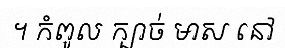
។ កំពូល ក្បាច់ មាស នៅ